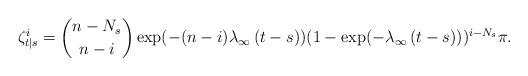
LaTeX: \begin{align*}\zeta^i_{t|s}={n-N_s \choose n-i} \exp(-(n-i)\lambda_\infty\,(t-s))(1-\exp(-\lambda_\infty\,(t-s)))^{i-N_s} \pi.\end{align*}